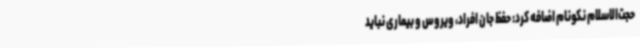
حجت‌الاسلام نکونام اضافه کرد: حفظ جان افراد، ویروس و بیماری نباید